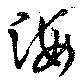
海